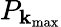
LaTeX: P_{\mathbf{k}_{\mathrm{{max}}}}